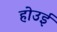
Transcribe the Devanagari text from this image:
होउई